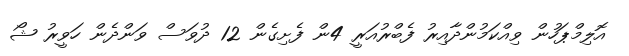
އޮލިމްޕަހުން ވިއްކަމުންދާއިރު ފެބްރުއަރީ 4ން ފެށިގެން 12 ދުވަސް ވަންދެން ހަވީރު ޝޯ